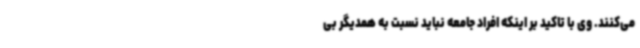
می‌کنند. وی با تاکید بر اینکه افراد جامعه نباید نسبت به همدیگر بی